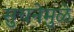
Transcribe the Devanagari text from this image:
सुचनेमुळे